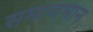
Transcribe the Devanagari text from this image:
समाजभान